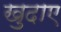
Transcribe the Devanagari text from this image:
खुदाए